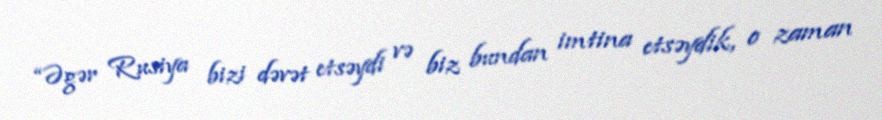
“Əgər Rusiya bizi dəvət etsəydi və biz bundan imtina etsəydik, o zaman